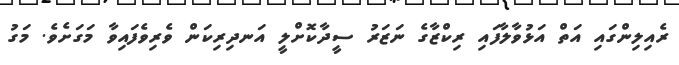
ރެއިލިންގައި އަތް އަޅުވާލާފައި ރިކްޒާގެ ނަޒަރު ސީދާކޮށްލީ އަނދިރިކަން ވެރިވެފައިވާ މަގަށެވެ. މަގު